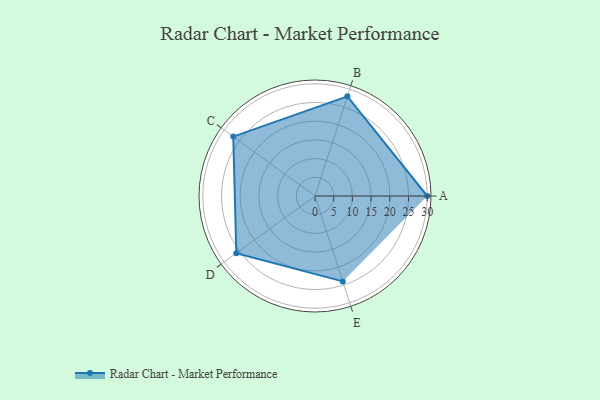
{"axis": {"x": "Skill", "y": "Score"}, "legend": ["Profile"], "data": [{"x": "A", "y": 30.0, "type": "Profile"}, {"x": "B", "y": 28.0, "type": "Profile"}, {"x": "C", "y": 27.0, "type": "Profile"}, {"x": "D", "y": 26.0, "type": "Profile"}, {"x": "E", "y": 24.0, "type": "Profile"}]}